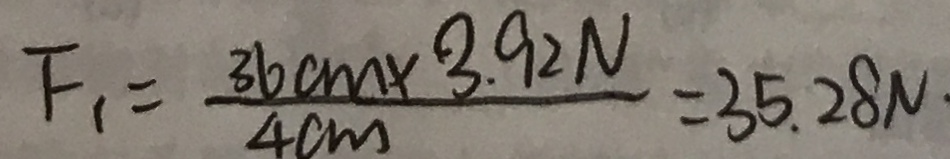
F _ { 1 } = \frac { 3 6 c m \times 3 . 9 2 N } { 4 c m } = 3 5 . 2 8 N .